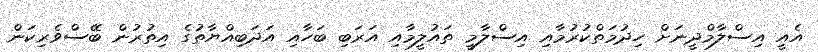
އެއީ އިސްލާމްދީނަށް ހިދުމަތްކުރުމާއި އިސްލާމީ ތައުލީމާއި އަރަބި ބަހާއި އަދަބިއްޔާތުގެ އިތުރުން ބޭސްވެރިކަން